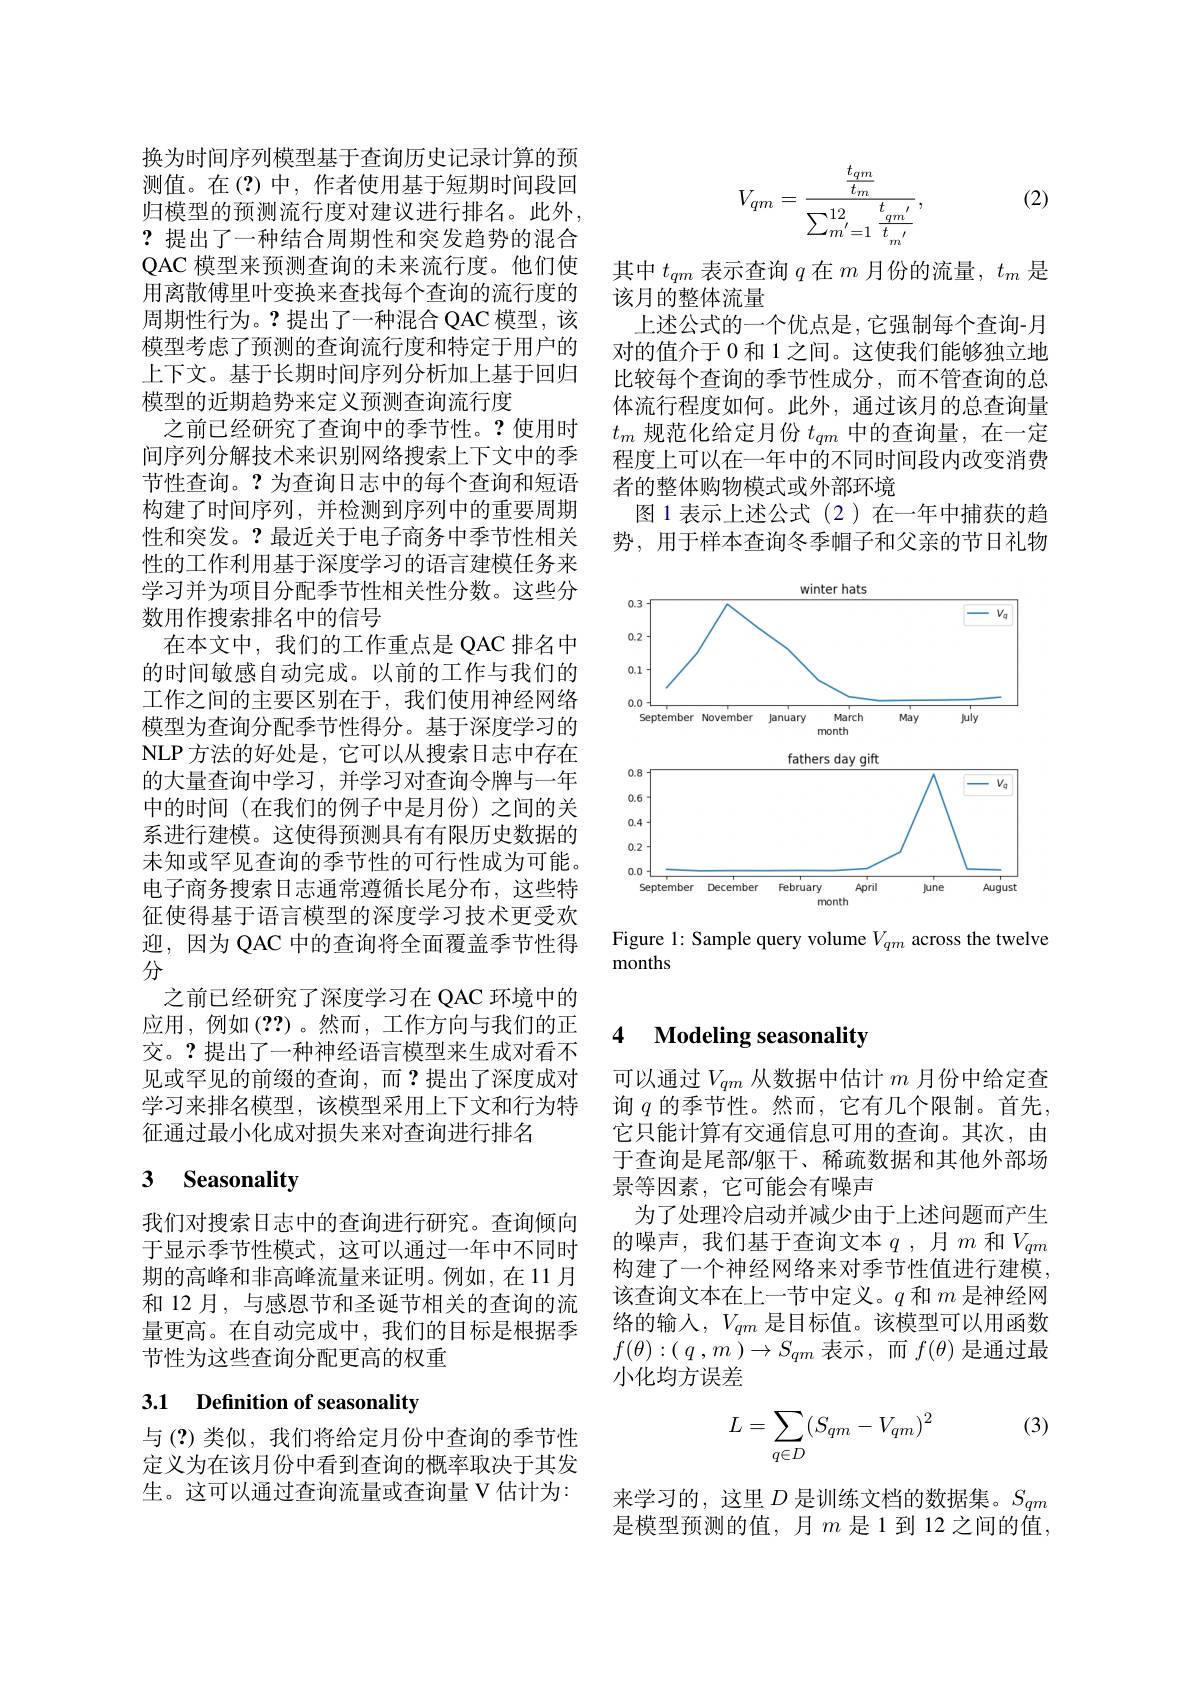
换为时间序列模型基于查询历史记录计算的预测值。在(?)中，作者使用基于短期时间段回归模型的预测流行度对建议进行排名。此外， ?提出了一种结合周期性和突发趋势的混合QAC 模型来预测查询的未来流行度。他们使用离散傅里叶变换来查找每个查询的流行度的周期性行为。?提出了一种混合 QAC 模型，该模型考虑了预测的查询流行度和特定于用户的上下文。基于长期时间序列分析加上基于回归模型的近期趋势来定义预测查询流行度
之前已经研究了查询中的季节性。?使用时间序列分解技术来识别网络搜索上下文中的季节性查询。?为查询日志中的每个查询和短语构建了时间序列，并检测到序列中的重要周期性和突发。?最近关于电子商务中季节性相关性的工作利用基于深度学习的语言建模任务来学习并为项目分配季节性相关性分数。这些分数用作搜索排名中的信号
在本文中，我们的工作重点是 QAC 排名中的时间敏感自动完成。以前的工作与我们的工作之间的主要区别在于，我们使用神经网络模型为查询分配季节性得分。基于深度学习的NLP 方法的好处是，它可以从搜索日志中存在的大量查询中学习，并学习对查询令牌与一年中的时间(在我们的例子中是月份)之间的关系进行建模。这使得预测具有有限历史数据的未知或罕见查询的季节性的可行性成为可能。电子商务搜索日志通常遵循长尾分布，这些特征使得基于语言模型的深度学习技术更受欢迎，因为 QAC 中的查询将全面覆盖季节性得分
之前已经研究了深度学习在 QAC 环境中的应用，例如(??)。然而，工作方向与我们的正交。?提出了一种神经语言模型来生成对看不见或罕见的前缀的查询，而？提出了深度成对学习来排名模型，该模型采用上下文和行为特征通过最小化成对损失来对查询进行排名

# 3 Seasonality

我们对搜索日志中的查询进行研究。查询倾向于显示季节性模式，这可以通过一年中不同时期的高峰和非高峰流量来证明。例如，在 11 月和 12 月，与感恩节和圣诞节相关的查询的流量更高。在自动完成中，我们的目标是根据季节性为这些查询分配更高的权重

## 3.1 Definition of seasonality

与(?)类似，我们将给定月份中查询的季节性定义为在该月份中看到查询的概率取决于其发生。这可以通过查询流量或查询量 V 估计为：

(2)
$$V_{qm}=\frac{\frac{t_{qm}}{t_m}}{\sum_{m'=1}^{12}\frac{t_{qm'}}{t_{m'}}},$$
其中$t_qm$表示查询$q$在$m$月份的流量，$t_m$是
该月的整体流量
上述公式的一个优点是，它强制每个查询-月对的值介于 0 和 1 之间。这使我们能够独立地比较每个查询的季节性成分，而不管查询的总体流行程度如何。此外，通过该月的总查询量$t_m$规范化给定月份$t_qm$中的查询量，在一定程度上可以在一年中的不同时间段内改变消费者的整体购物模式或外部环境
图 1 表示上述公式 (2)在一年中捕获的趋势，用于样本查询冬季帽子和父亲的节日礼物

<FigureHere>

Figure 1: Sample query volume $V_qm$ across the twelve
months

### 4 $\textbf{Modeling seasonalitw}$

可以通过$V_qm$从数据中估计$m$月份中给定查询$q$的季节性。然而，它有几个限制。首先， 它只能计算有交通信息可用的查询。其次，由于查询是尾部/躯干、稀疏数据和其他外部场景等因素，它可能会有噪声
为了处理冷启动并减少由于上述问题而产生的噪声，我们基于查询文本$q$ ,月$m$和$V_qm$ 构建了一个神经网络来对季节性值进行建模该查询文本在上一节中定义。$q$和$m$是神经网络的输入，$V_qm$是目标值。该模型可以用函数$f( \theta ) : ($ $q$ , $m$ $) \to S_{qm}$表示，而$f(\theta)$是通过最小化均方误差

(3)
$$\begin{aligned}L=\sum_{q\in D}(S_{qm}-V_{qm})^2\end{aligned}$$
来学习的，这里$D$是训练文档的数据集。$S_{qm}$ 是模型预测的值，月$m$ 是1到12之间的值，